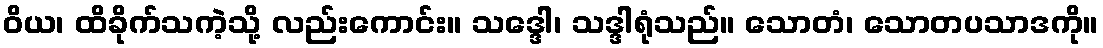
ဝိယ၊ ထိခိုက်သကဲ့သို့ လည်းကောင်း။ သဒ္ဒေါ၊ သဒ္ဒါရုံသည်။ သောတံ၊ သောတပသာဒကို။